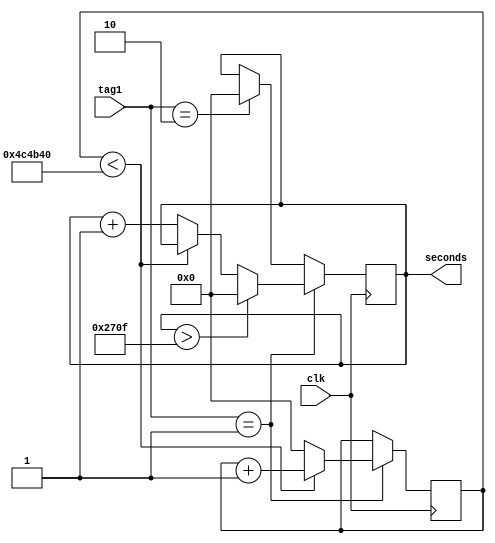
module stopwatch(input clk, input[2:0] tag1, output reg[31:0] seconds);
	
	initial begin
		seconds = 0;
	end	
	
	parameter clk_machine = 50000000;
	reg[31:0] sec_cnt = 0;
	reg[3:0] m_sec_cnt = 0;	
	
	always @ (posedge clk) begin
		if(tag1 == 1) begin
			if(sec_cnt < clk_machine / 10) begin
				sec_cnt <= sec_cnt + 1;
			end
			else begin 
				sec_cnt <= 0;
				seconds <= seconds + 1;
			end
			
			if(seconds > 9999) begin
				seconds <= 0;
			end
		end
		else if(tag1 == 2) begin
			seconds <= 0;
		end
	end
endmodule